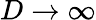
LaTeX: D\to\infty